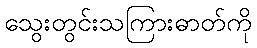
သွေးတွင်းသကြားဓာတ်ကို